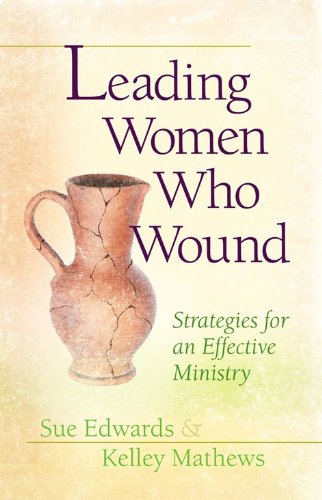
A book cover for Leading Women Who Wound: Strategies for an Effective Ministry; Sue G. Edwards; Christian Books & Bibles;